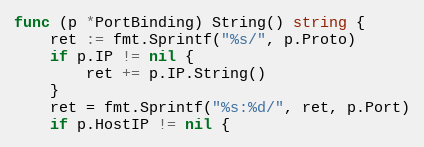
Language: Go
func (p *PortBinding) String() string {
	ret := fmt.Sprintf("%s/", p.Proto)
	if p.IP != nil {
		ret += p.IP.String()
	}
	ret = fmt.Sprintf("%s:%d/", ret, p.Port)
	if p.HostIP != nil {